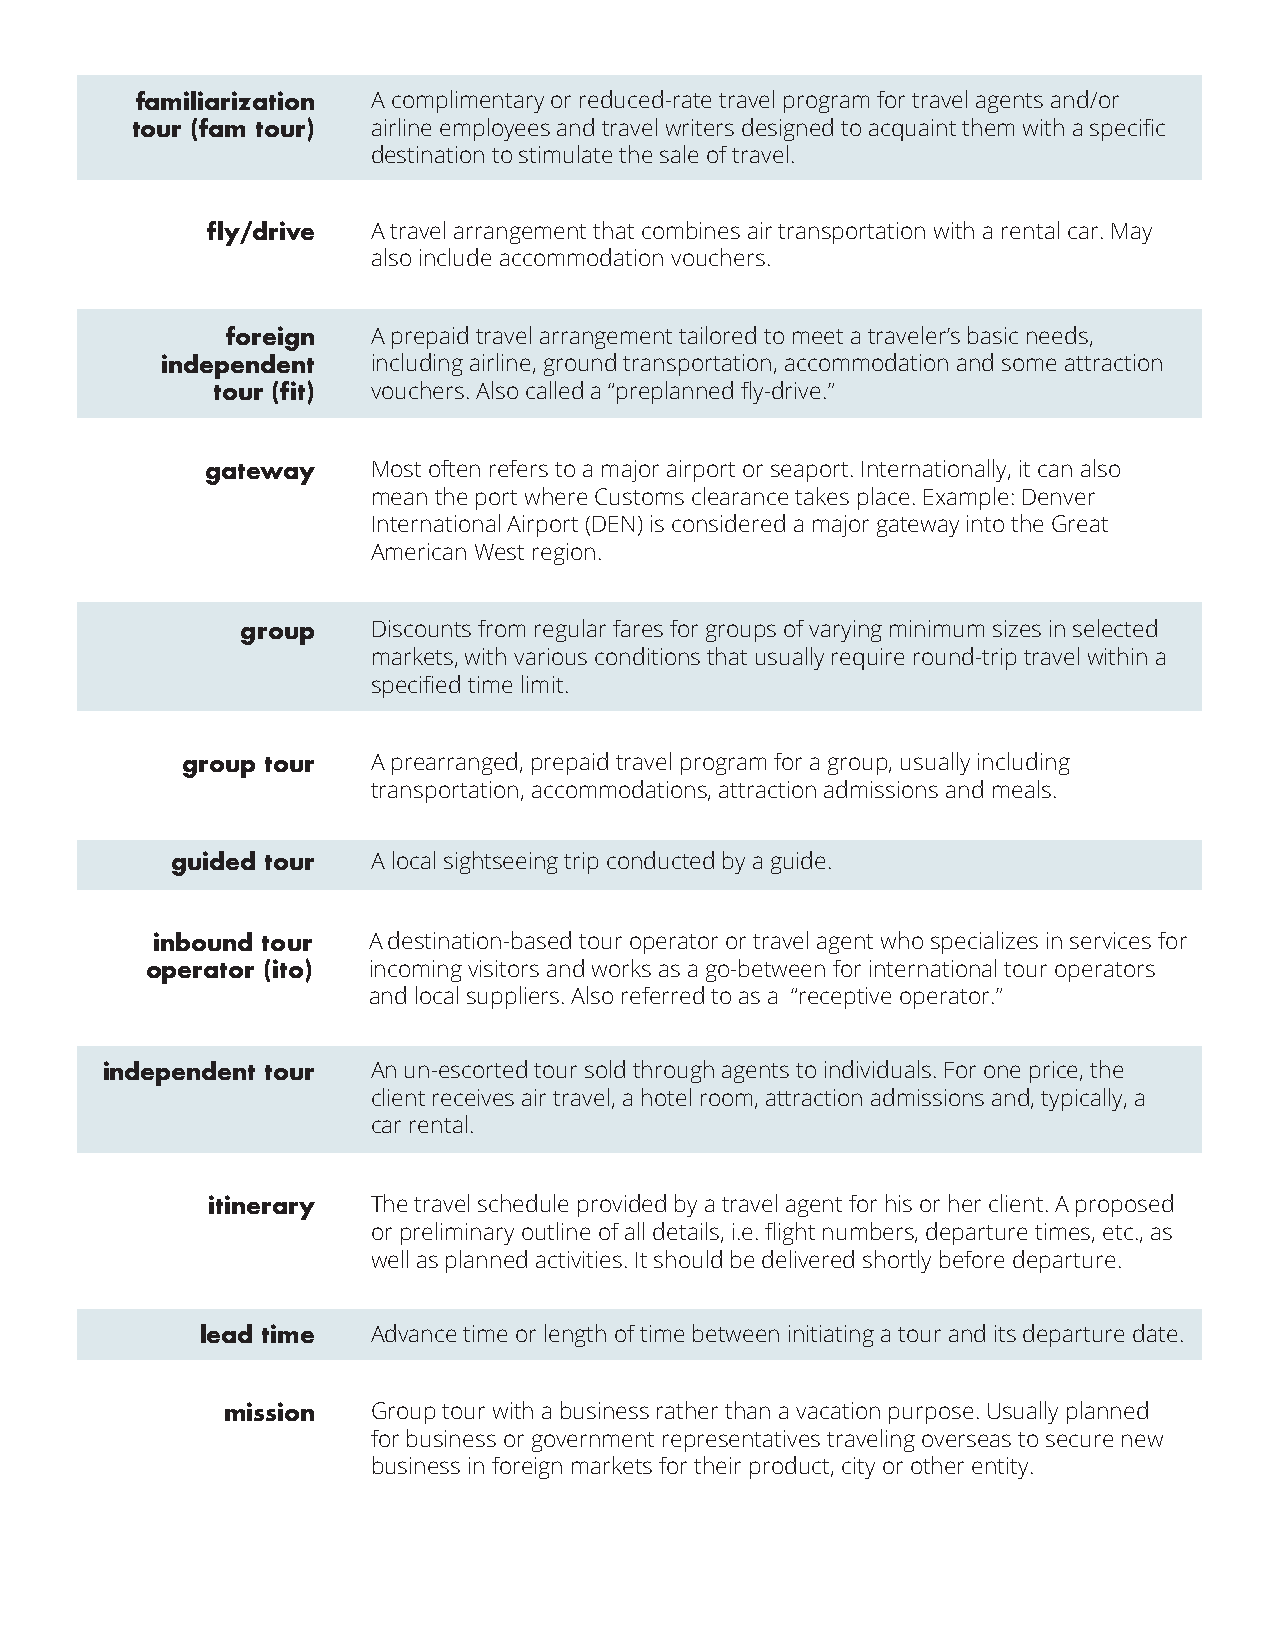
familiarization A complimentary or reduced-rate travel program for travel agents and/or
 tour (fam tour) airline employees and travel writers designed to acquaint them with a specific
 destination to stimulate the sale of travel.
 fly/drive  A travel arrangement that combines air transportation with a rental car. May
 also include accommodation vouchers.
 foreign   A prepaid travel arrangement tailored to meet a traveler’s basic needs,
 independent   including airline, ground transportation, accommodation and some attraction
 tour (fit) vouchers. Also called a “preplanned fly-drive.”
 gateway    Most often refers to a major airport or seaport. Internationally, it can also
 mean the port where Customs clearance takes place. Example: Denver
 International Airport (DEN) is considered a major gateway into the Great
 American West region.
 group    Discounts from regular fares for groups of varying minimum sizes in selected
 markets, with various conditions that usually require round-trip travel within a
 specified time limit.
 group tour   A prearranged, prepaid travel program for a group, usually including
 transportation, accommodations, attraction admissions and meals.
 guided tour   A local sightseeing trip conducted by a guide.
 inbound tour  A destination-based tour operator or travel agent who specializes in services for
 operator (ito) incoming visitors and works as a go-between for international tour operators
 and local suppliers. Also referred to as a “receptive operator.”
 independent tour  An un-escorted tour sold through agents to individuals. For one price, the
 client receives air travel, a hotel room, attraction admissions and, typically, a
 car rental.
 itinerary  The travel schedule provided by a travel agent for his or her client. A proposed
 or preliminary outline of all details, i.e. flight numbers, departure times, etc., as
 well as planned activities. It should be delivered shortly before departure.
 lead time   Advance time or length of time between initiating a tour and its departure date.
 mission   Group tour with a business rather than a vacation purpose. Usually planned
 for business or government representatives traveling overseas to secure new
 business in foreign markets for their product, city or other entity.